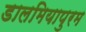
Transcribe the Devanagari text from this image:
डालमियापुरम